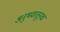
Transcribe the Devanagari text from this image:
अनुभवातूनच